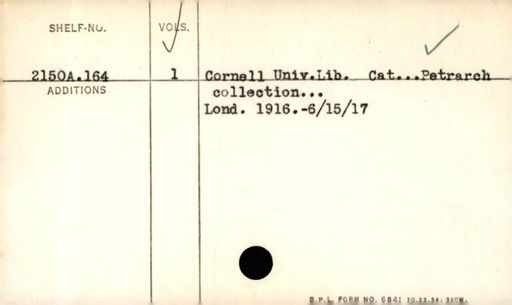
Label: content